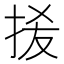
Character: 𭠮